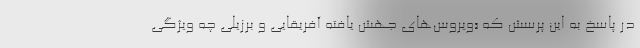
در پاسخ به این پرسش که «ویروس‌های جهش یافته آفریقایی و برزیلی چه ویژگی